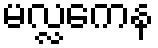
မလ္လကေန